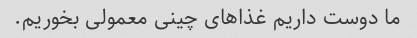
ما دوست داریم غذاهای چینی معمولی بخوریم.